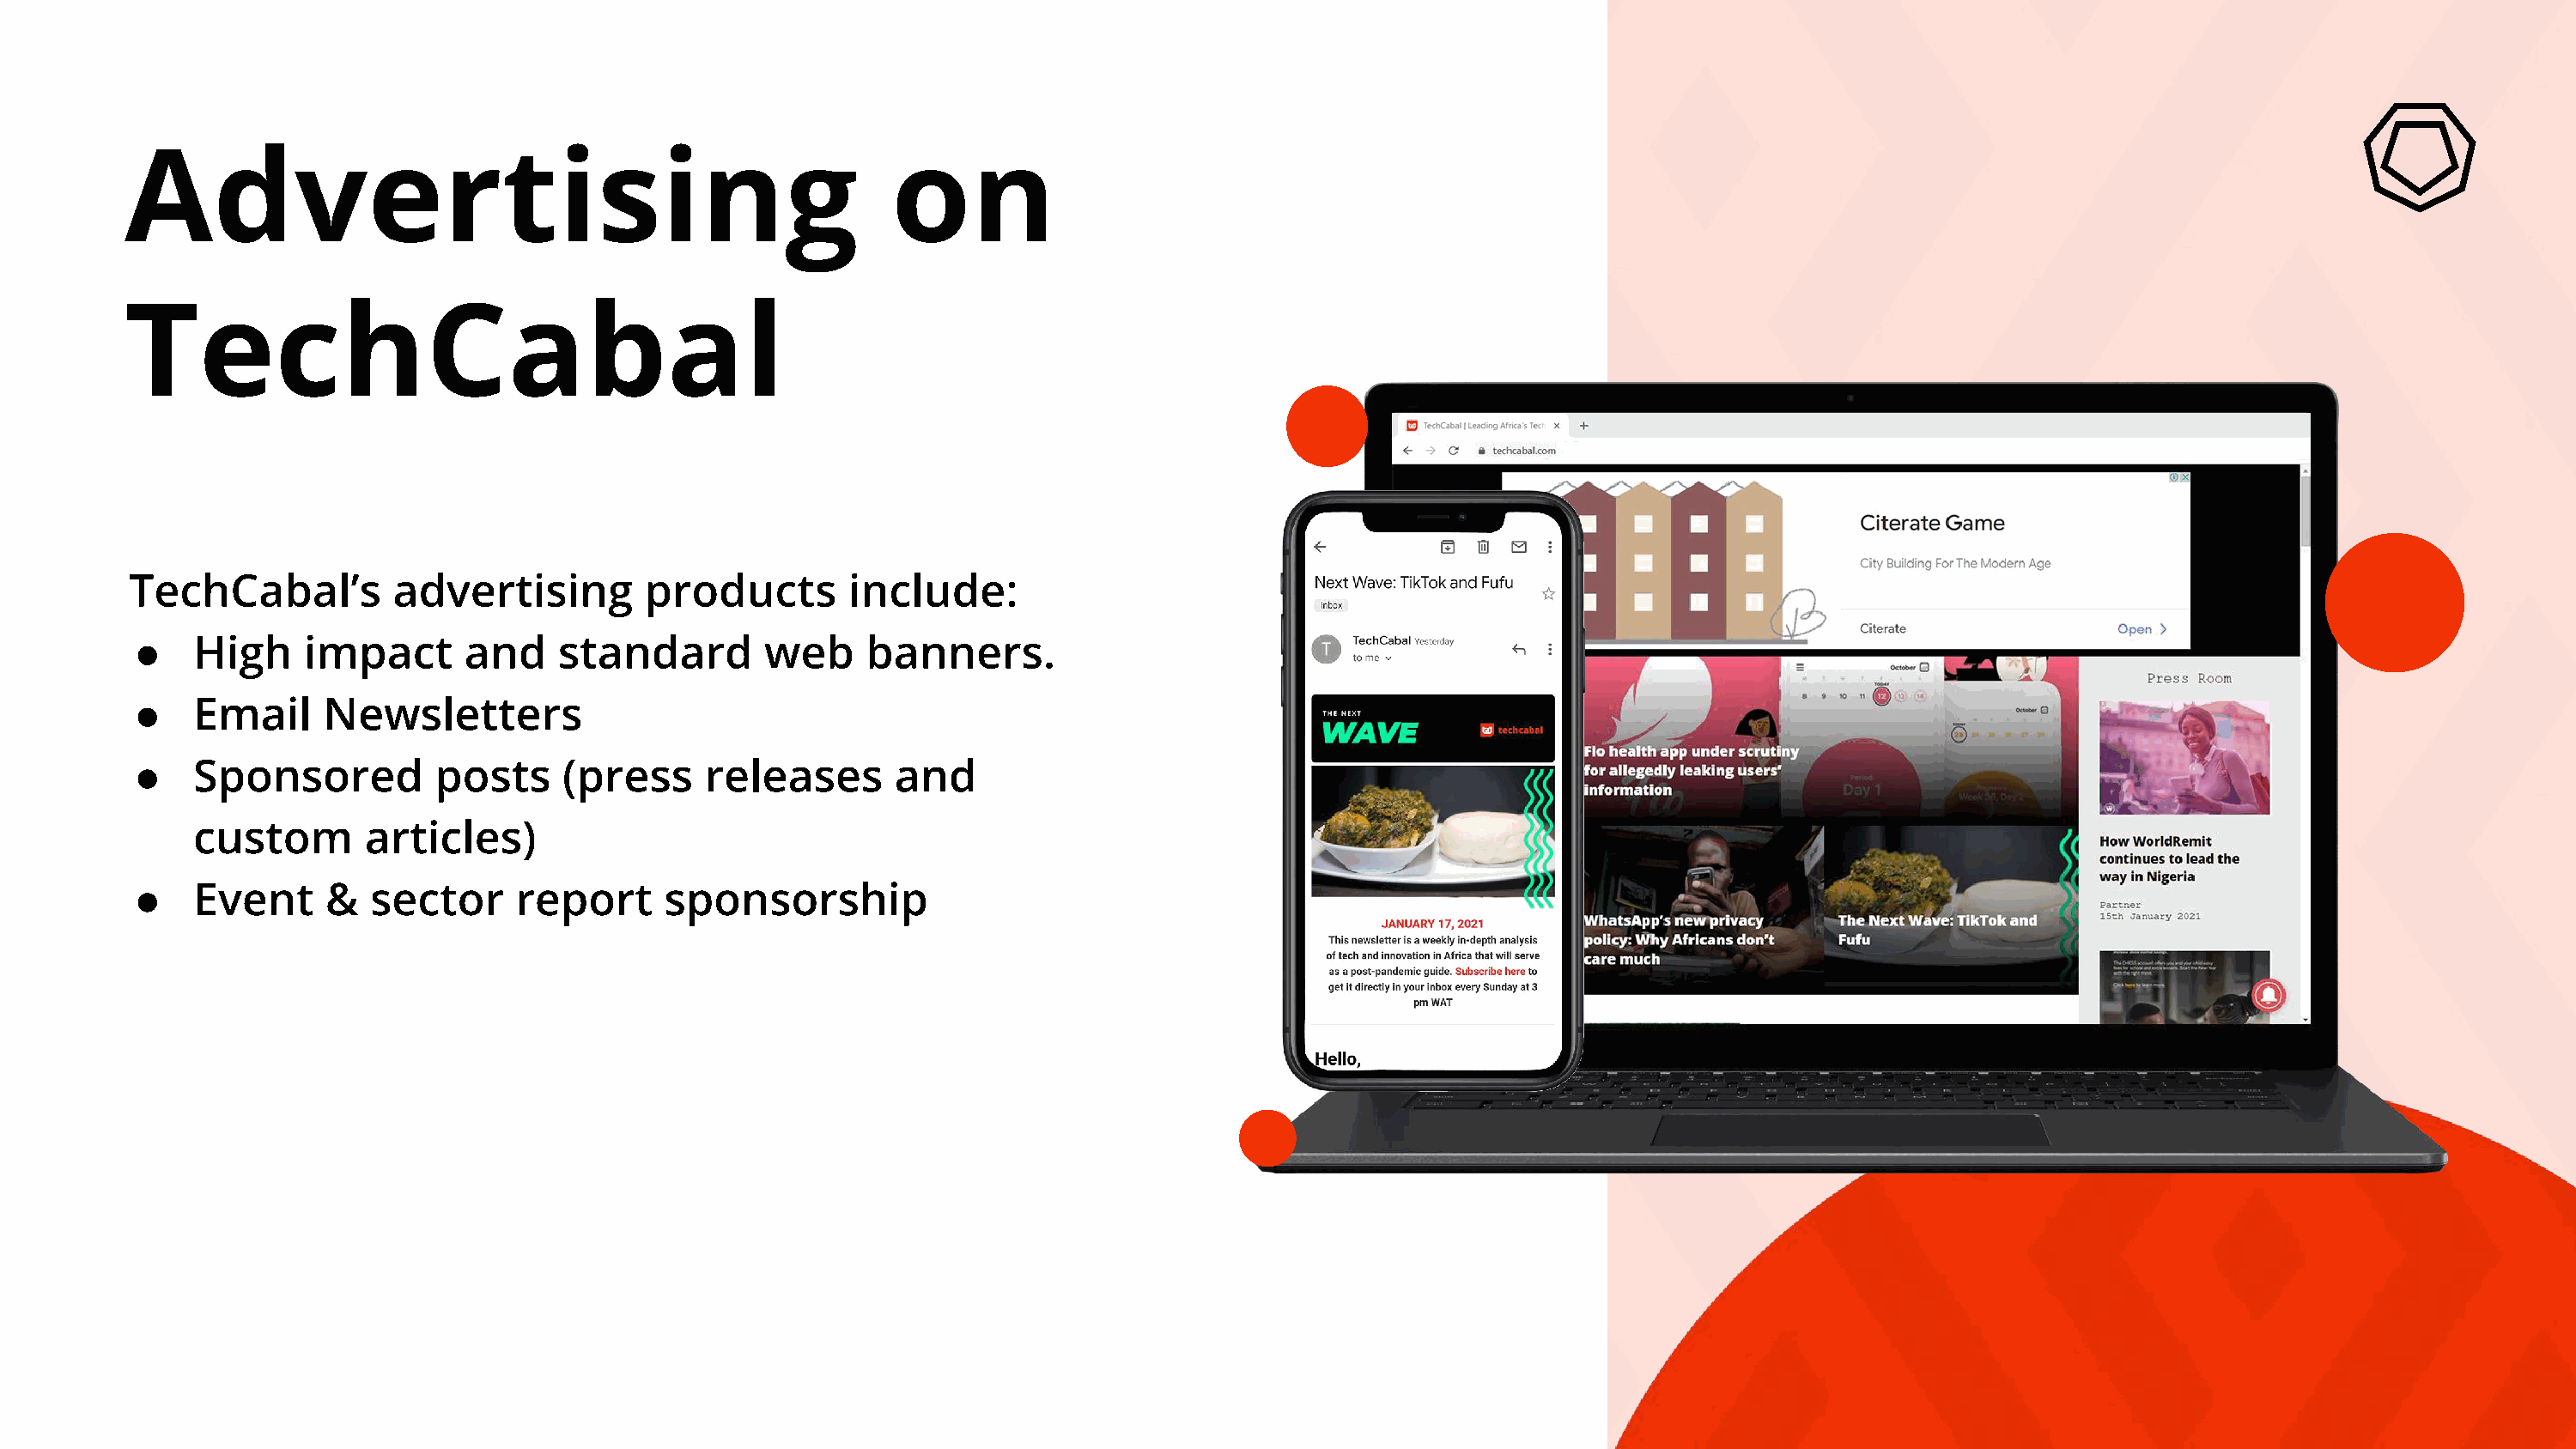
Advertising                                                on
 TechCabal
 TechCabal’s         advertising         products       include:
 ●    High    impact       and    standard        web     banners.
 ●    Email     Newsletters
 ●    Sponsored          posts    (press     releases       and
 custom       articles)
 ●    Event     &   sector     report     sponsorship